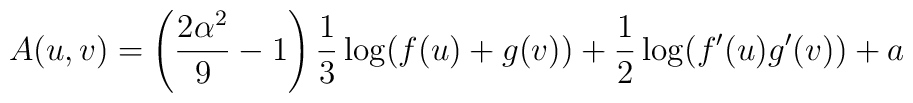
A(u,v)=\left(\frac{2\alpha ^{2}}{9}-1\right)\frac{1}{3}\log (f(u)+g(v))+\frac{1}{2}\log(f^{\prime }(u)g^{\prime }(v))+a